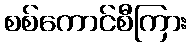
စစ်ကောင်စီကြား